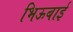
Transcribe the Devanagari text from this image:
भिऊबाई